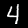
Label: 4